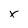
Character: X